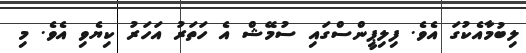
ލިބުމާއެކުގަ އެވެ. ފިލިޕީންސްގައި ސުމޭޝް އެ ހަތަރު އަހަރު ކިޔެވި އެވެ. މި